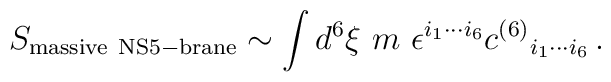
S_{\rm massive\  NS5-brane} \sim \int d^6\xi\ m\  \epsilon^{i_1\cdots i_6}c^{(6)}{}_{i_1\cdots i_6}\, .